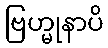
ဗြဟ္မုနာပိ